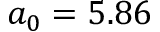
a _ { 0 } = 5 . 8 6